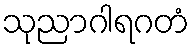
သုညာဂါရဂတံ